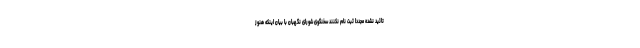
تائید نشده مجددا ثبت نام نکنند سخنگوی شورای نگهبان با بیان اینکه هنوز